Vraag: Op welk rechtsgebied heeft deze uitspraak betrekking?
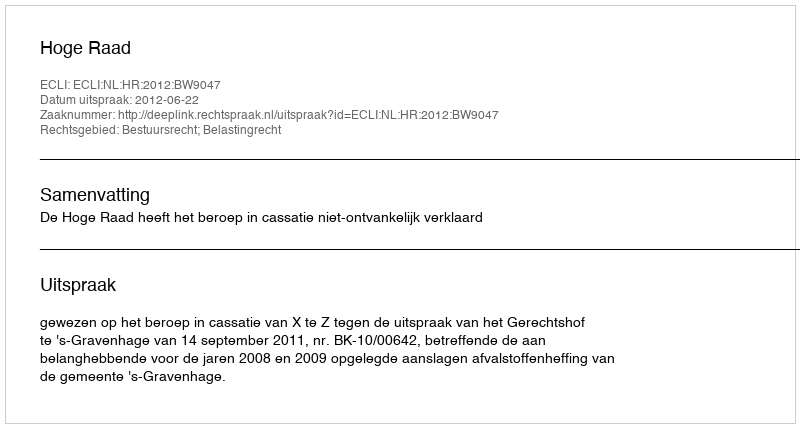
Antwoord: Bestuursrecht; Belastingrecht